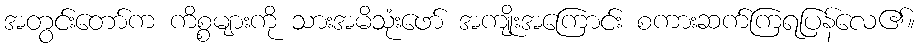
အတွင်းတော်က ကိစ္စများကို သားအမိသုံးဖော် အကျိုးအကြောင်း စကားဆက်ကြရပြန်လေ၏။